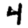
Digit: 4